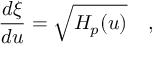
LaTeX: { \frac { d \xi } { d u } } = \sqrt { H _ { p } ( u ) } \quad ,